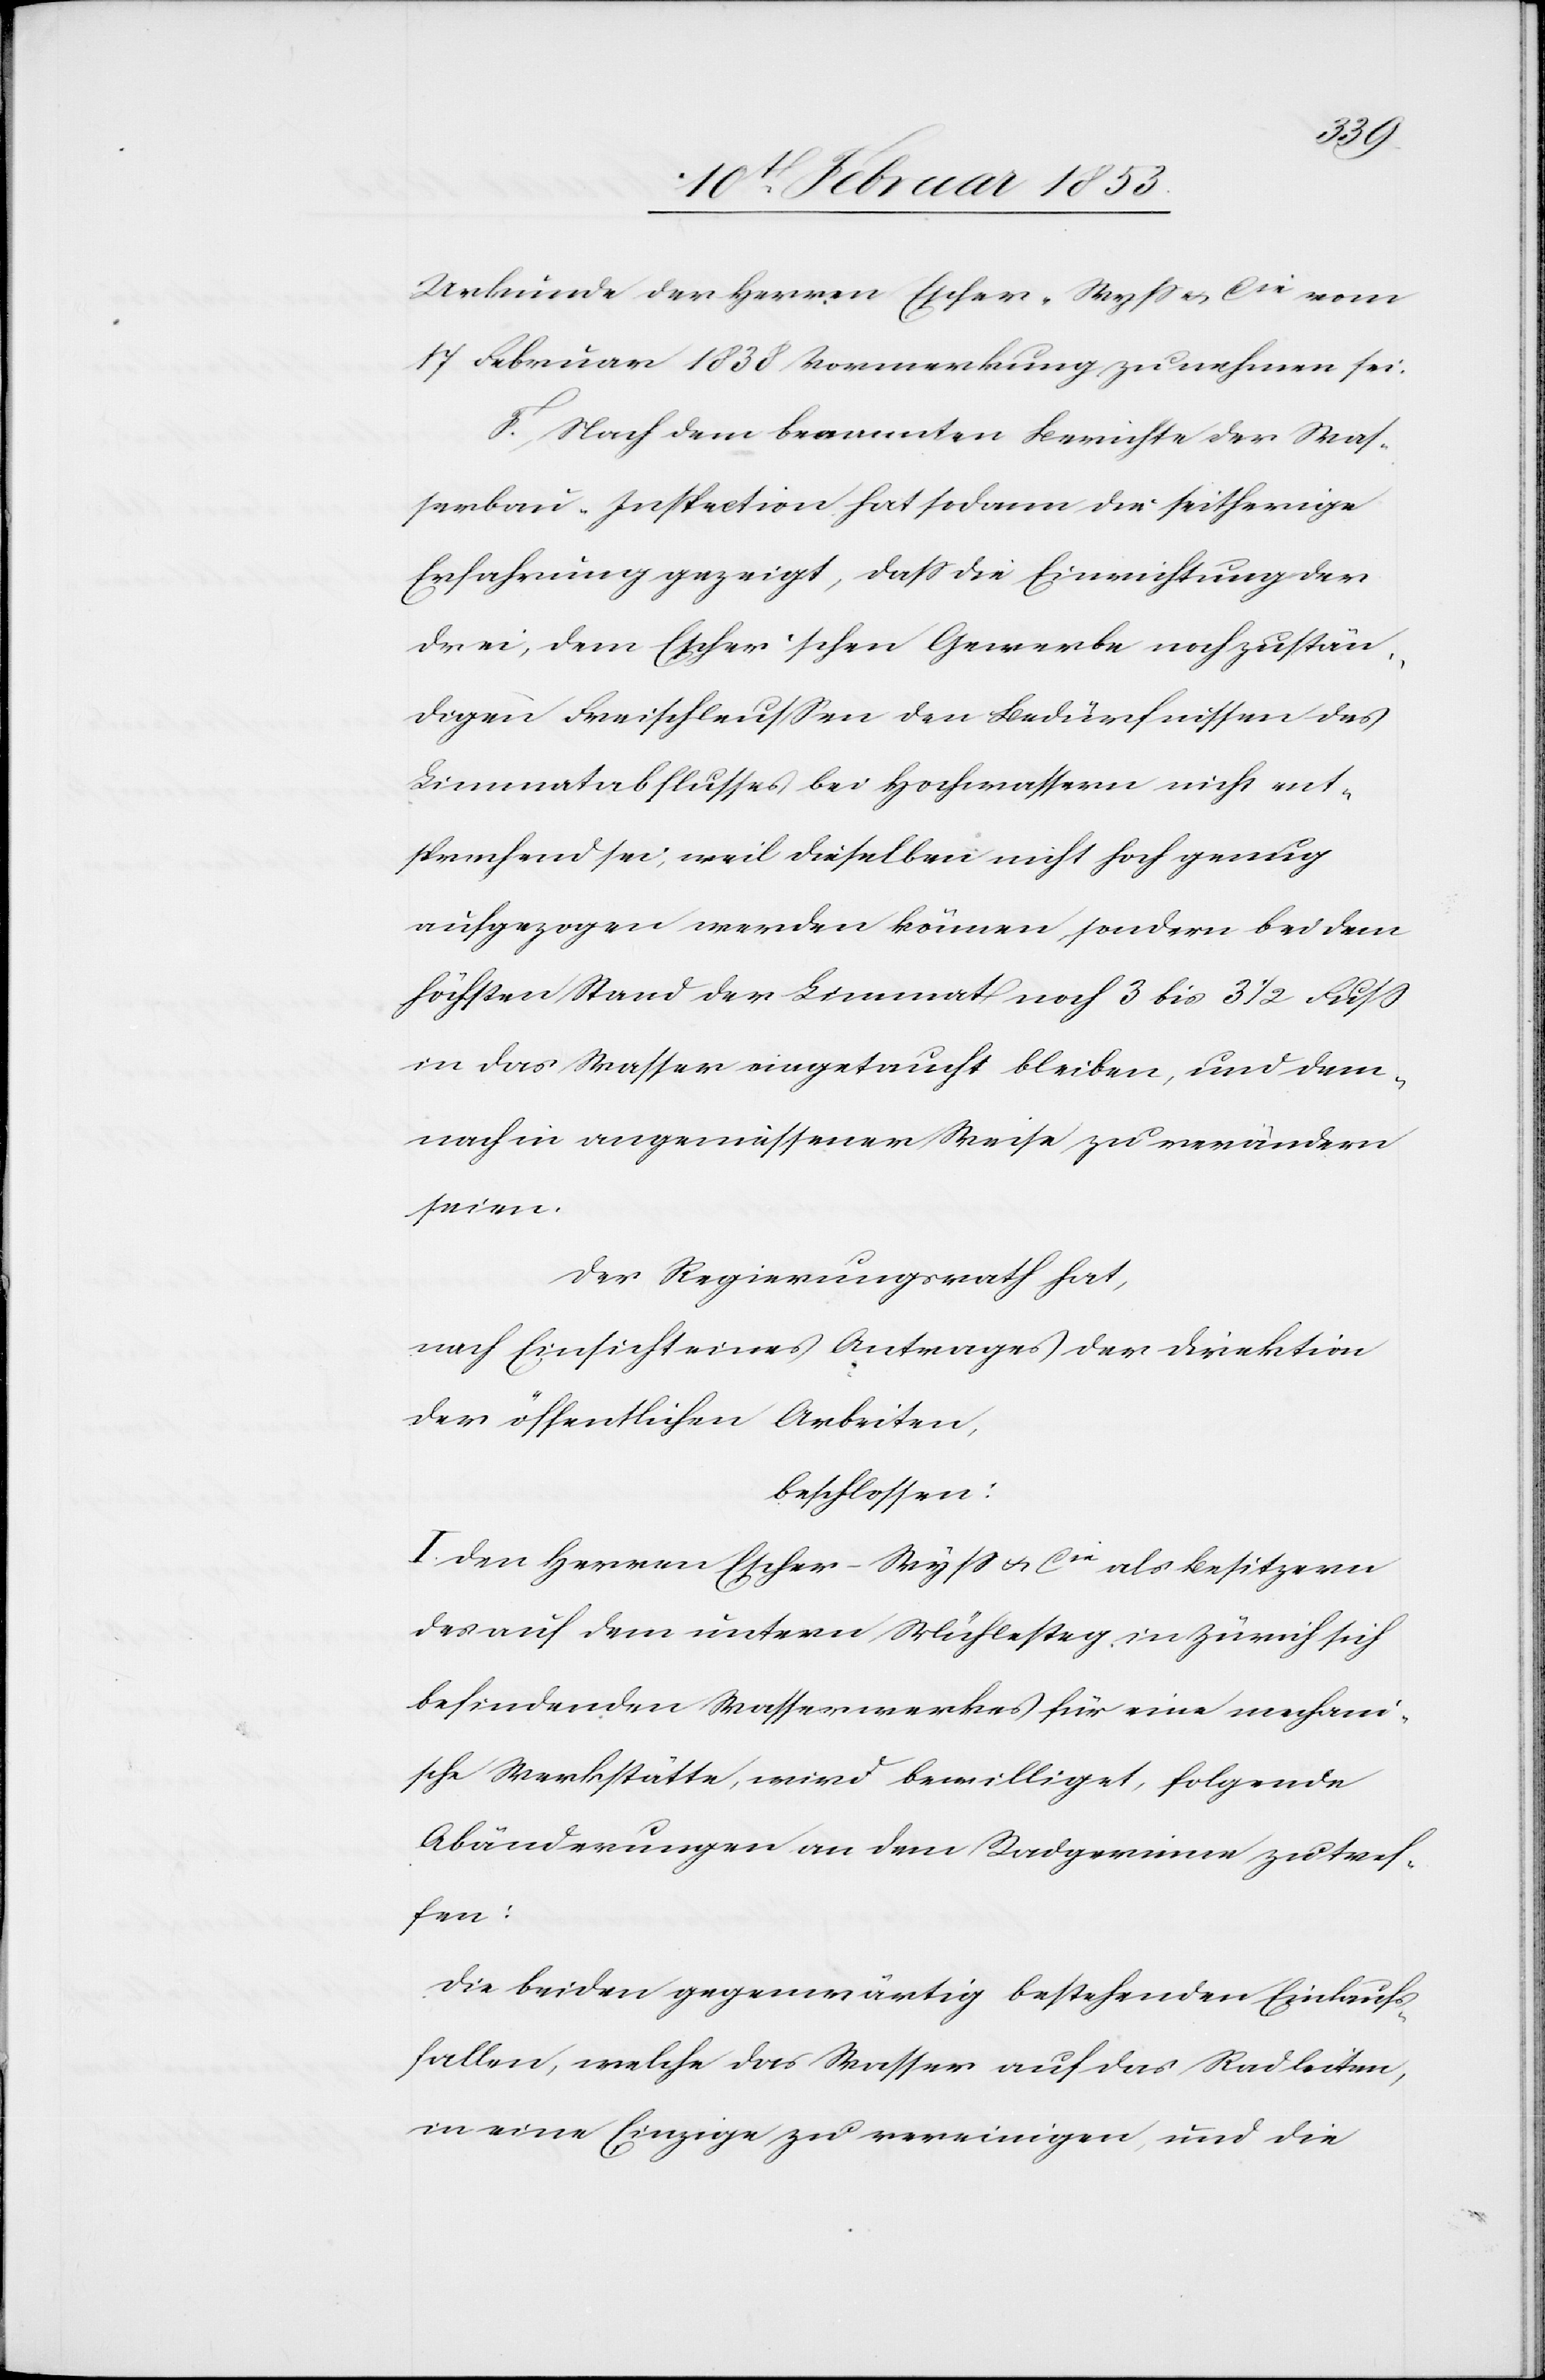
Urkunde der Herren Escher-Wyß u. Cie vom
17 Februar 1838 Vormerkung zu nehmen sei.
Nach dem Beamten Berichte der Was¬
serbau-Inspection hat sodann die seitherige
Erfahrung gezeigt, daß die Einrichtung der
drei, dem Escher’schen Gewerbe noch zustän¬
dige Freischleußen den Bedürfnissen des
Limmatabflusses bei Hochwasser nicht ent¬
sprechend sei, weil dieselben nicht hoch genug
aufgezogen werden können, sondern bei dem
höchsten Stand der Limmat noch 3 bis 3 1/2 Fuß
in das Wasser eingetaucht bleiben, und dem¬
nach in angemässener Weise zu verändern
seien.
Der Regierungsrath hat,
nach Einsicht eines Antrages der Direktion
der öffentlichen Arbeiten,
beschlossen:
I. Den Herren Escher-Wyß u. Cie als Besitzern
des auf dem untern Mühlesteg in Zürich sich
befindenden Wasserwerkes für eine mechani¬
sche Werkstätte, wird bewilliget, folgende
Abänderungen an dem Radgewinn zu tref¬
fen:
Die beiden gegenwärtig bestehenden Einlauf¬
fallen, welche das Wasser auf das Rad leiten,
in eine Einzige zu vereinigen, und die